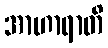
အာဟာရာတိ